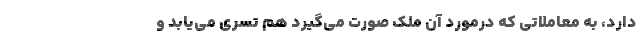
دارد، به معاملاتی که درمورد آن ملک صورت می‌گیرد هم تسری می‌یابد و